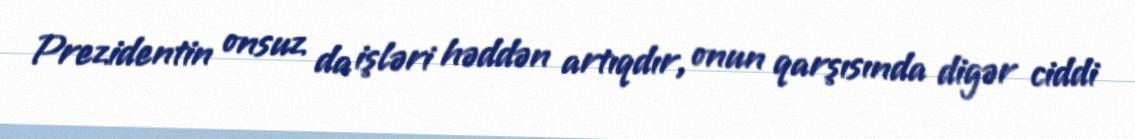
Prezidentin onsuz da işləri həddən artıqdır, onun qarşısında digər ciddi